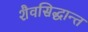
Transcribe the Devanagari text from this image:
शैवसिद्धान्त